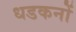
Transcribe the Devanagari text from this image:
धडकनों